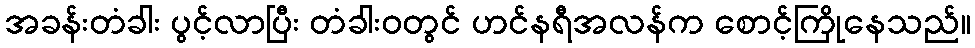
အခန်းတံခါး ပွင့်လာပြီး တံခါးဝတွင် ဟင်နရီအလန်က စောင့်ကြိုနေသည်။